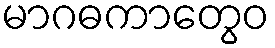
မာဂဓကာတွေဝ